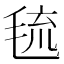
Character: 㲙